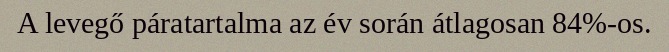
A levegő páratartalma az év során átlagosan 84%-os.